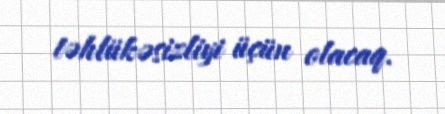
təhlükəsizliyi üçün olacaq.